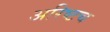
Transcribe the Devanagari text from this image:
अरिष्टच